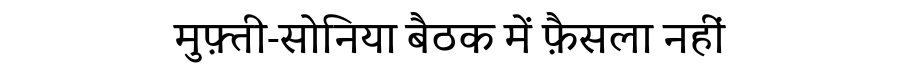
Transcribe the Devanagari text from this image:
मुफ़्ती-सोनिया बैठक में फ़ैसला नहीं